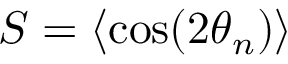
S = \langle \cos ( 2 \theta _ { n } ) \rangle